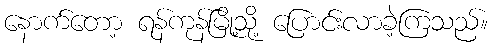
နောက်တော့ ရန်ကုန်မြို့သို့ ပြောင်းလာခဲ့ကြသည်။